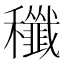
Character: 䆎